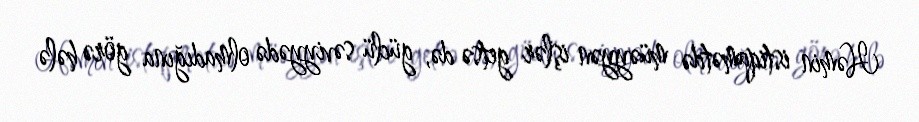
Həmin istiqamətdə müəyyən işlər getsə də, güclü səviyyədə olmadığına görə hələ